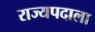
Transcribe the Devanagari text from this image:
राज्यपदाला